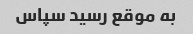
به موقع رسید سپاس